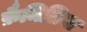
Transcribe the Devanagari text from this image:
फ़ैमिलिया